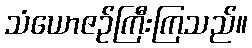
သံယောဇဉ်ကြီးကြသည်။